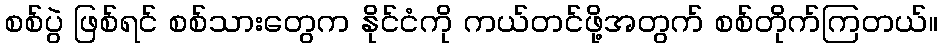
စစ်ပွဲ ဖြစ်ရင် စစ်သားတွေက နိုင်ငံကို ကယ်တင်ဖို့အတွက် စစ်တိုက်ကြတယ်။